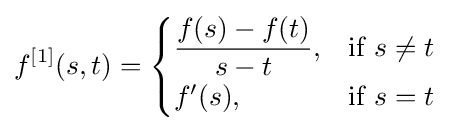
f^{[1]}(s,t)={\begin{cases}\displaystyle {\frac {f(s)-f(t)}{s-t}},&{\text{if }}s\neq t\\f'(s),&{\text{if }}s=t\end{cases}}